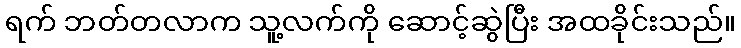
ရက် ဘတ်တလာက သူ့လက်ကို ဆောင့်ဆွဲပြီး အထခိုင်းသည်။